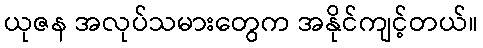
ယုဇန အလုပ်သမားတွေက အနိုင်ကျင့်တယ်။